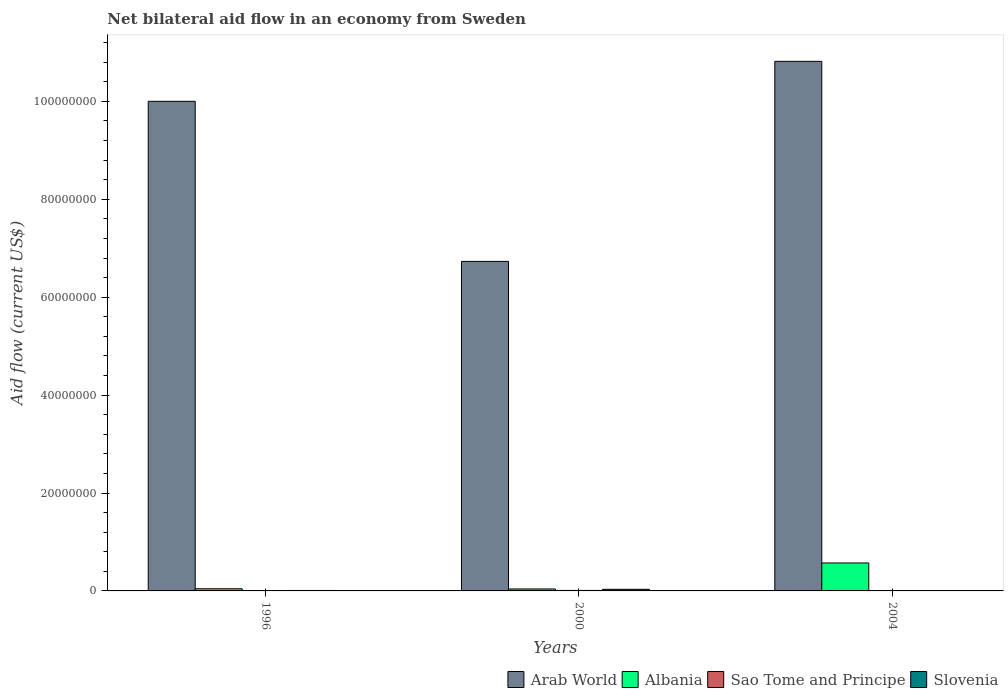
| Years | Arab World | Albania | Sao Tome and Principe | Slovenia |
 | --- | --- | --- | --- | --- |
 | 1996 | 1e+08 | 4.4e+05 | 8e+04 | 9e+04 |
 | 2000 | 6.73e+07 | 4e+05 | 1e+05 | 3.3e+05 |
 | 2004 | 1.08e+08 | 5.71e+06 | 2e+04 | 7e+04 |